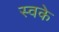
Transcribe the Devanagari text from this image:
स्वके